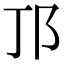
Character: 邒